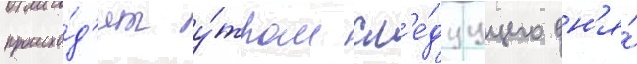
происхо́д'ит у́тром сл'е́дуущего дн'я́